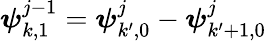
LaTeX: \boldsymbol{\psi}_{k,1}^{j-1}=\boldsymbol{\psi}_{k^{\prime},0}^{j}-\boldsymbol{\psi}_{k^{\prime}+1,0}^{j}